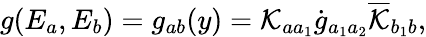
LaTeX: g(E_{a},E_{b})=g_{ab}(y)=\mathcal{K}_{aa_{1}}\dot{{g}}_{a_{1}a_{2}}\overline{{{{\mathcal{K}}}}}_{b_{1}b},